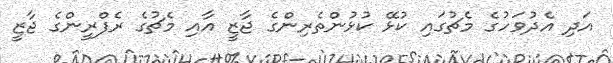
އަދި އެދުވަހުގެ މެޗުގައި ކުޅޭ ކުޅުންތެރިންގެ ޖާޒީ އާއި މެޗުގެ ރެފްރީންގެ ޖާޒީ